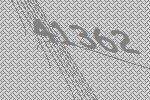
41362